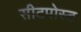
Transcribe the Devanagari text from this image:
सीटपोस्ट